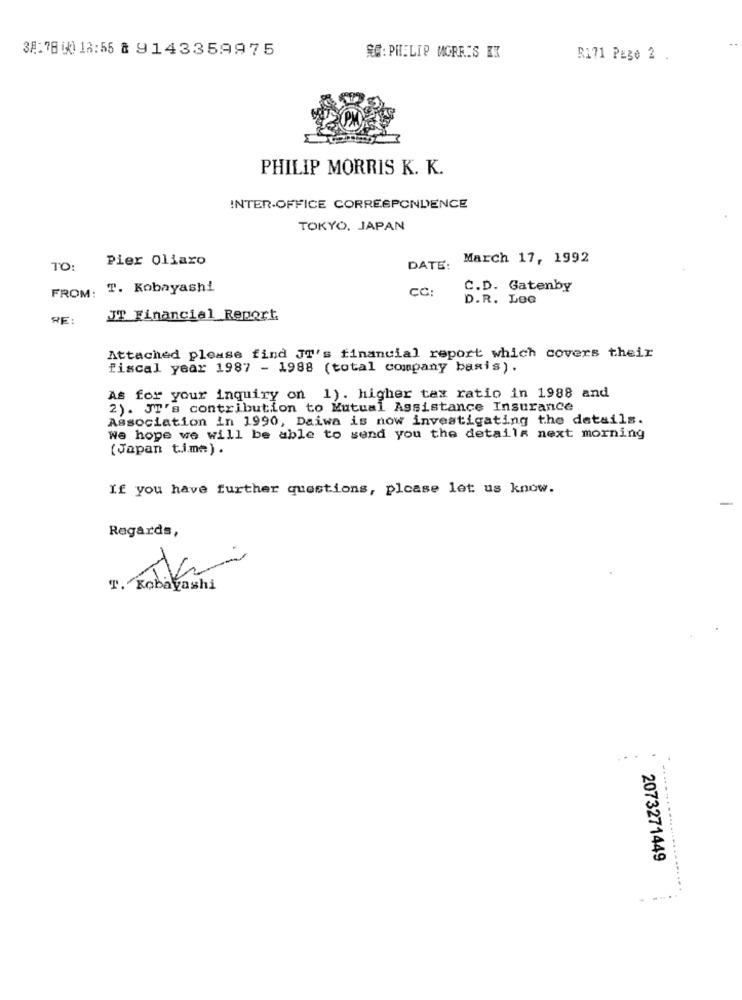
38: 78 00) 18:55 8 9143359975
RC: PHILIP MORRIS EK
R171 Page 2 .
PHILIP MORRIS K. K.
INTER-OFFICE CORRESPONDENCE
TOKYO, JAPAN
Pier Oliaro
March 17, 1992
TO:
DATE:
FROM: T. Kobayashi
CC:
C.D. Gatenby
D.R. LeG
RE:
JT Financial Report
Attached please find JT's financial report which covers their
fiscal year 1987 - 1988 (total company basis).
As for your inquiry on 1). higher tax ratio in 1988 and
2). JT's contribution to Mutual Assistance Insurance
Association in 1990, Daiwa is now investigating the details.
We hope we will be able to send you the details next morning
(Japan tim=) .
If you have further questions, please let us know.
Regards,
T. Kobayashi
.. ................
2073271449